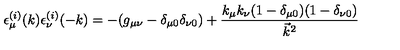
\epsilon _ { \mu } ^ { ( i ) } ( k ) \epsilon _ { \nu } ^ { ( i ) } ( - k ) = - ( g _ { \mu \nu } - \delta _ { \mu 0 } \delta _ { \nu 0 } ) + \frac { k _ { \mu } k _ { \nu } ( 1 - \delta _ { \mu 0 } ) ( 1 - \delta _ { \nu 0 } ) } { \vec { k } ^ { 2 } }